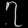
Digit: ၇